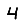
Digit: 4